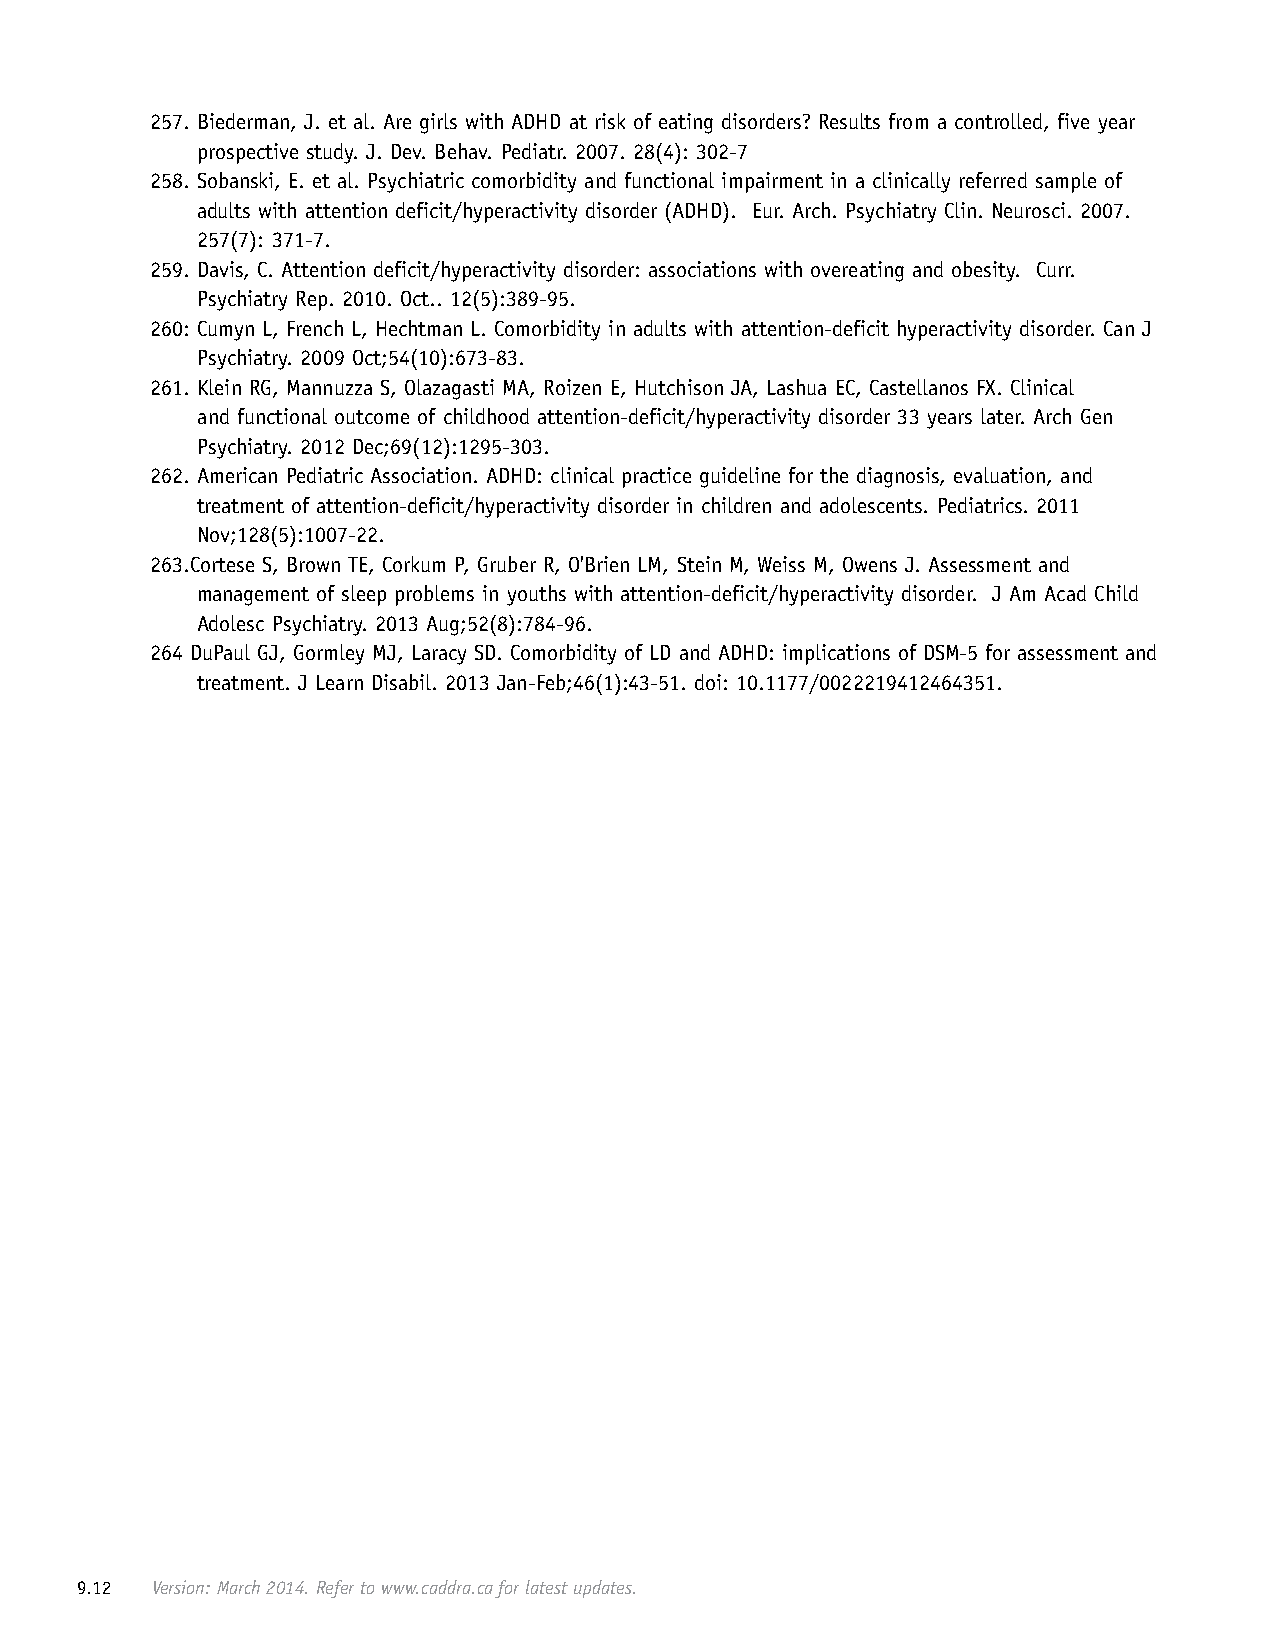
257. Biederman, J. et al. Are girls with ADHD at risk of eating disorders? Results from a controlled, five year
 prospective study. J. Dev. Behav. Pediatr. 2007. 28(4): 302-7
 258. Sobanski, E. et al. Psychiatric comorbidity and functional impairment in a clinically referred sample of
 adults with attention deficit/hyperactivity disorder (ADHD). Eur. Arch. Psychiatry Clin. Neurosci. 2007.
 257(7): 371-7.
 259. Davis, C. Attention deficit/hyperactivity disorder: associations with overeating and obesity. Curr.
 Psychiatry Rep. 2010. Oct.. 12(5):389-95.
 260: Cumyn L, French L, Hechtman L. Comorbidity in adults with attention-deficit hyperactivity disorder. Can J
 Psychiatry. 2009 Oct;54(10):673-83.
 261. Klein RG, Mannuzza S, Olazagasti MA, Roizen E, Hutchison JA, Lashua EC, Castellanos FX. Clinical
 and functional outcome of childhood attention-deficit/hyperactivity disorder 33 years later. Arch Gen
 Psychiatry. 2012 Dec;69(12):1295-303.
 262. American Pediatric Association. ADHD: clinical practice guideline for the diagnosis, evaluation, and
 treatment of attention-deficit/hyperactivity disorder in children and adolescents. Pediatrics. 2011
 Nov;128(5):1007-22.
 263.Cortese S, Brown TE, Corkum P, Gruber R, O'Brien LM, Stein M, Weiss M, Owens J. Assessment and
 management of sleep problems in youths with attention-deficit/hyperactivity disorder. J Am Acad Child
 Adolesc Psychiatry. 2013 Aug;52(8):784-96.
 264 DuPaul GJ, Gormley MJ, Laracy SD. Comorbidity of LD and ADHD: implications of DSM-5 for assessment and
 treatment. J Learn Disabil. 2013 Jan-Feb;46(1):43-51. doi: 10.1177/0022219412464351.
 9.12 Version: March 2014. Refer to www.caddra.ca for latest updates.